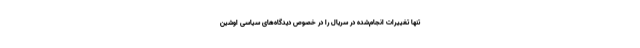
تنها تغییرات انجام‌شده در سریال را در خصوص دیدگاه‌های سیاسی اوشین